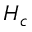
H _ { c }